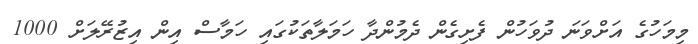
މިމަހުގެ އަށްވަނަ ދުވަހުން ފެށިގެން ދެމުންދާ ހަމަލާތަކުގައި ހަމާސް އިން އިޒުރޭލަށް 1000